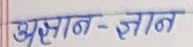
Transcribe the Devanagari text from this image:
अज्ञान - ज्ञान